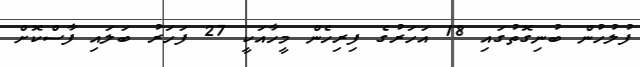
ފުލުހުން ބުނިގޮތުގައި 18 އަހަރުގެ ފިރިހެން މީހާއަކީ 27 ފަހަރު ބަލައި ފާސްކޮށް